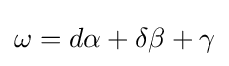
\omega =d\alpha +\delta \beta +\gamma